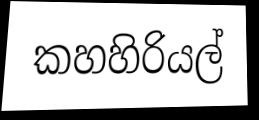
කහහිරියල්